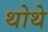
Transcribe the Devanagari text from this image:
थोथे